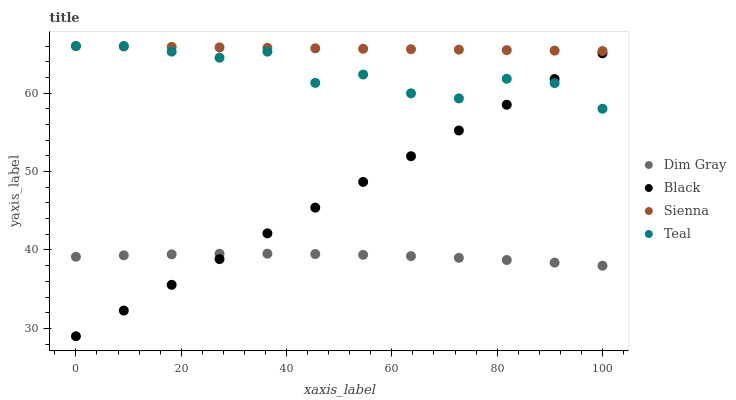
| xaxis_label | Dim Gray | Black | Sienna | Teal |
 | --- | --- | --- | --- | --- |
 | 0 | 39.1 | 29 | 66 | 66 |
 | 9.09 | 39.3 | 32.3 | 65.9 | 66 |
 | 18.2 | 39.4 | 35.6 | 65.9 | 65.3 |
 | 27.3 | 39.5 | 38.8 | 65.8 | 64.5 |
 | 36.4 | 39.5 | 42.1 | 65.8 | 65.3 |
 | 45.5 | 39.5 | 45.4 | 65.7 | 61.3 |
 | 54.5 | 39.4 | 48.7 | 65.6 | 62.4 |
 | 63.6 | 39.2 | 52 | 65.6 | 60 |
 | 72.7 | 39 | 55.2 | 65.5 | 59.3 |
 | 81.8 | 38.7 | 58.5 | 65.5 | 61.8 |
 | 90.9 | 38.4 | 61.8 | 65.4 | 61.3 |
 | 100 | 38 | 65.1 | 65.4 | 58 |